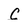
Character: C